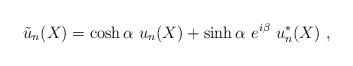
LaTeX: \begin{align*}{\tilde u}_{n}(X) = \cosh\alpha ~u_{n}(X) + \sinh\alpha~ e^{i\beta}~u_{n}^*(X)~,\end{align*}